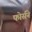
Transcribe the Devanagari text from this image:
फोर्सने